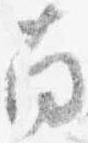
南